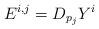
LaTeX: \begin{align*} E^{i,j} = D_{p_j}Y^i \end{align*}